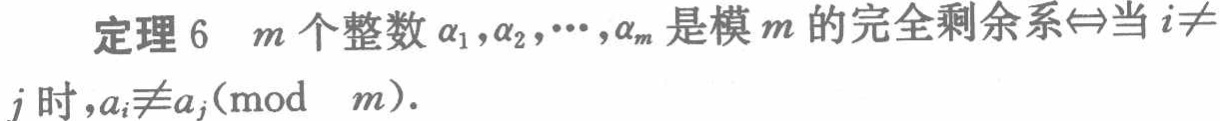
定理 6 \(m\)个整数\(\alpha_1,\alpha_2,\cdots,\alpha_m\)是模\(m\)的完全剩余系\(\Leftrightarrow\)当\(i\neq j\)时，\(a_i\not\equiv a_j(\text{mod } m)\)。